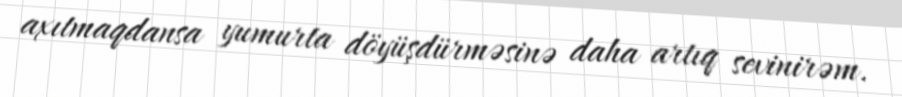
axıtmaqdansa yumurta döyüşdürməsinə daha artıq sevinirəm.